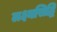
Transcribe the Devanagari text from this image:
लक्ष्यसिद्धि